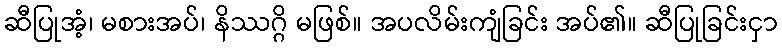
ဆီပြုအံ့၊ မစားအပ်၊ နိဿဂ္ဂိ မဖြစ်။ အပလိမ်းကျံခြင်း အပ်၏။ ဆီပြုခြင်းငှာ